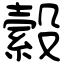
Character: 縠